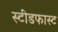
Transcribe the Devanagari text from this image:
स्टीडफास्ट